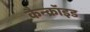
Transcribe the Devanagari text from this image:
कैन्क्रॉइड